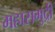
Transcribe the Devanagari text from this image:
महासमुद्री